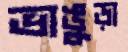
ভাঙুড়া